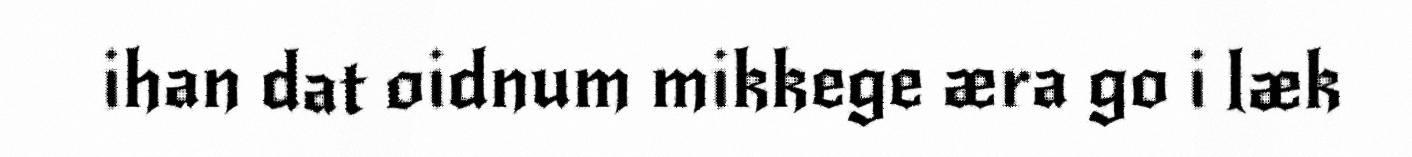
ihan dat oidnum mikkege æra go i læk